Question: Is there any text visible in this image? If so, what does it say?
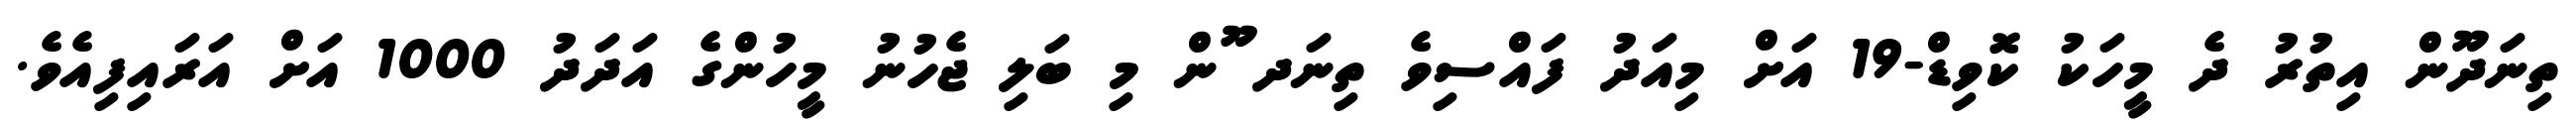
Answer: ތިނަދޫން އިތުރު ދެ މީހަކު ކޮވިޑް-19 އަށް މިއަދު ފައްސިވެ ތިނަދ ޫން މި ބަލި ޖެހުނު މީހުންގެ އަދަދު 1000 އަށް އަރައިފިއެވެ.